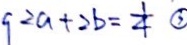
9 2 a + 2 b = \frac { 1 } { 4 } \textcircled { 3 }